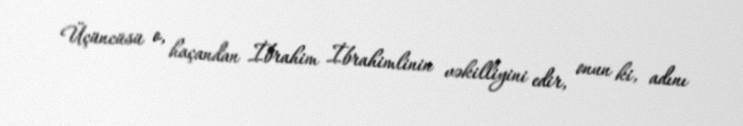
Üçüncüsü o, haçandan İbrahim İbrahimlinin vəkilliyini edir, onun ki, adını